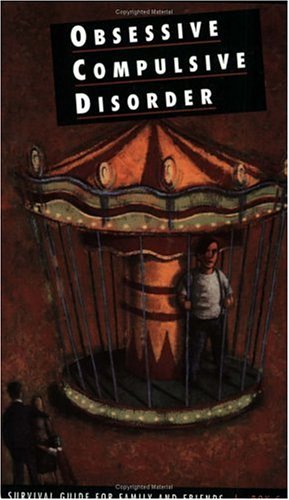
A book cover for Obsessive Compulsive Disorder: A Survival Guide For Family And Friends; Roy C.; Health, Fitness & Dieting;